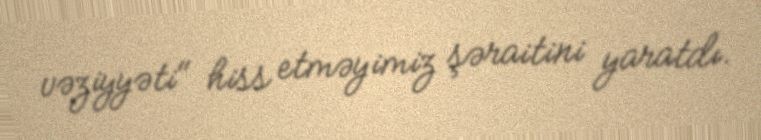
vəziyyəti" hiss etməyimiz şəraitini yaratdı.